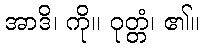
အာဒိ၊ ကို။ ဝုတ္တံ၊ ၏။